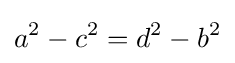
a^{2}-c^{2}=d^{2}-b^{2}